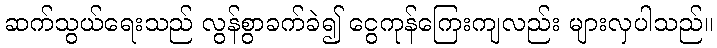
ဆက်သွယ်ရေးသည် လွန်စွာခက်ခဲ၍ ငွေကုန်ကြေးကျလည်း များလှပါသည်။